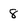
Character: 8